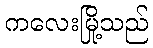
ကလေးမြို့သည်